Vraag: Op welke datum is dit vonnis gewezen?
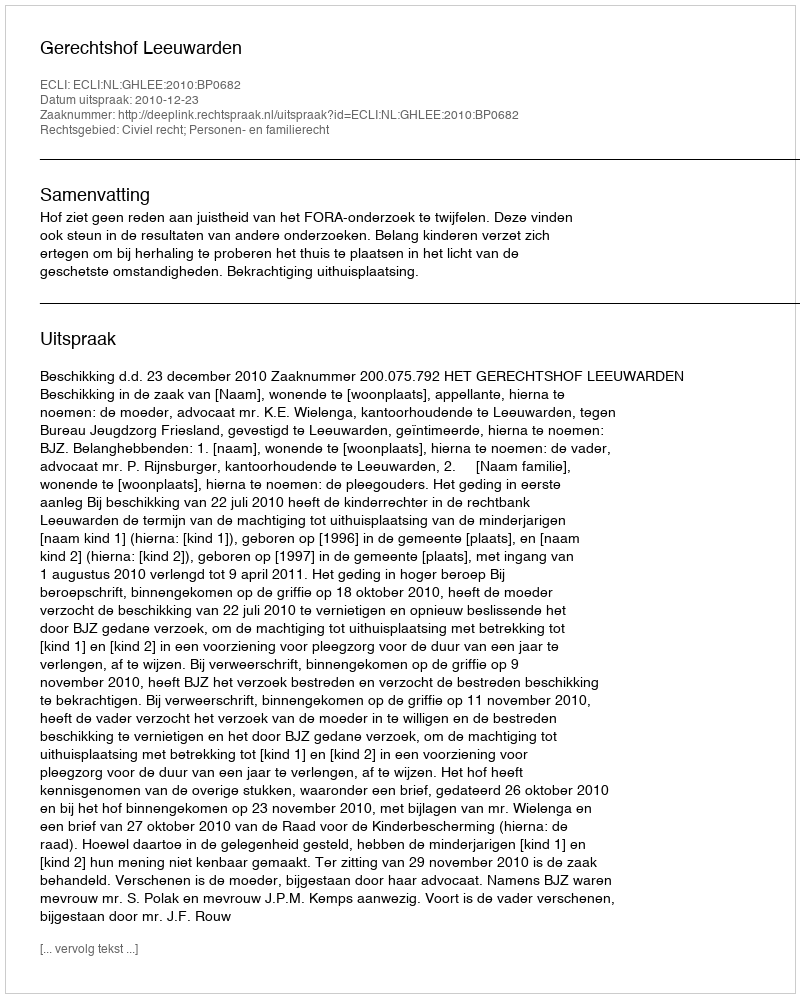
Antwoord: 2010-12-23